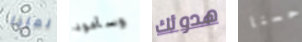
لماذا وسأعود هدوئك حسنا